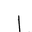
Letter: _alif